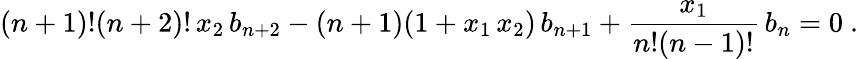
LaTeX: (n+1)!(n+2)!\, x_{2}\, b_{n+2}-(n+1)(1+x_{1}\, x_{2})\, b_{n+1}+{\frac{x_{1}}{n!(n-1)!}}\, b_{n}=0\ .